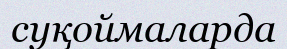
суқоймаларда